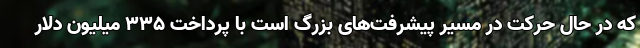
که در حال حرکت در مسیر پیشرفت‌های بزرگ است با پرداخت ۳۳۵ میلیون دلار